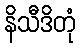
နိသီဒိတုံ